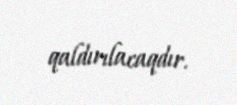
qaldırılacaqdır.